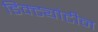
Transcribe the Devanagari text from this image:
डिक्ट्योटीन